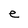
Character: e